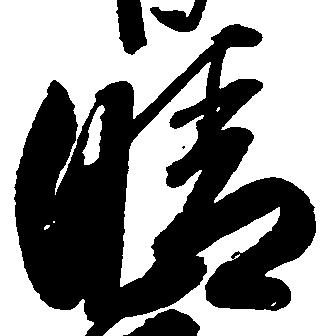
晴